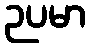
ဉပမာ